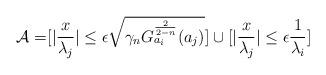
LaTeX: \begin{align*}\mathcal{A}= &[\vert \frac{x}{\lambda_{j}}\vert\leq \epsilon\sqrt{\gamma_{n}G^{\frac{2}{2-n}}_{a_{i}}(a_{j})}]\cup[\vert \frac{x}{\lambda_{j}}\vert \leq \epsilon \frac{1}{\lambda_{i}} ]\end{align*}